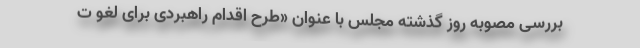
بررسی مصوبه روز گذشته مجلس با عنوان «طرح اقدام راهبردی برای لغو ت